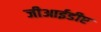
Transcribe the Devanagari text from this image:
जीआईडीए